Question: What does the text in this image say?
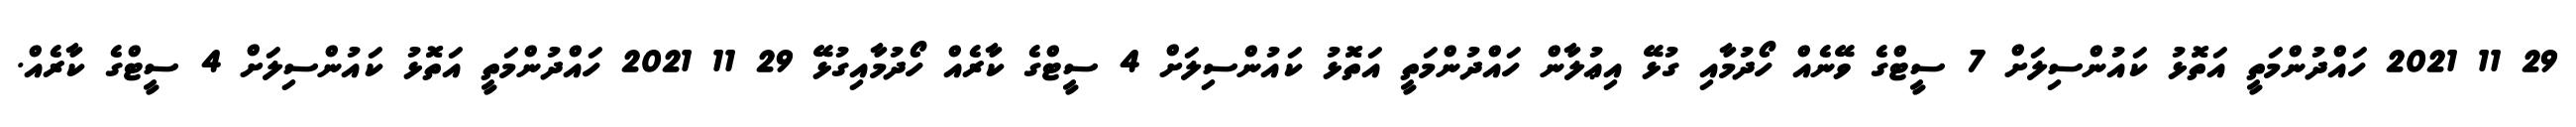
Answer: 29 11 2021 ހައްދުންމަތީ އަތޮޅު ކައުންސިލަށް 7 ސީޓްގެ ވޭނެއް ހޯދުމާއި ގުޅޭ އިޢުލާން ހައްދުންމަތީ އަތޮޅު ކައުންސިލަށް 4 ސީޓްގެ ކާރެއް ހޯދުމާއިގުޅޭ 29 11 2021 ހައްދުންމަތީ އަތޮޅު ކައުންސިލަށް 4 ސީޓްގެ ކާރެއް.